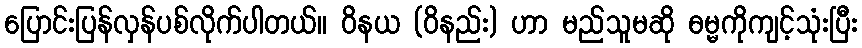
ပြောင်းပြန်လှန်ပစ်လိုက်ပါတယ်။ ဝိနယ (ဝိနည်း) ဟာ မည်သူမဆို ဓမ္မကိုကျင့်သုံးပြီး